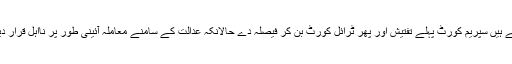
آپ کہہ رہے ہیں سپریم کورٹ پہلے تفتیش اور پھر ٹرائل کورٹ بن کر فیصلہ دے حالانکہ عدالت کے سامنے معاملہ آئینی طور پر نااہل قرار دینے کا ہے۔